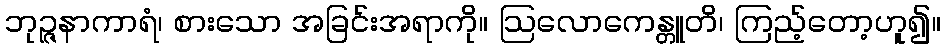
ဘုဉ္ဇနာကာရံ၊ စားသော အခြင်းအရာကို။ ဩလောကေန္တူတိ၊ ကြည့်တော့ဟူ၍။